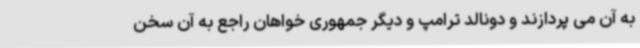
به آن می پردازند و دونالد ترامپ و دیگر جمهوری خواهان راجع به آن سخن